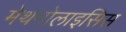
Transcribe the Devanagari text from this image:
मेथनोलाइसिस